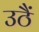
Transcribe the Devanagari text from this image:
उठैं